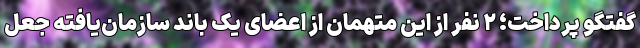
گفتگو پرداخت؛ ۲ نفر از این متهمان از اعضای یک باند سازمان‌یافته جعل